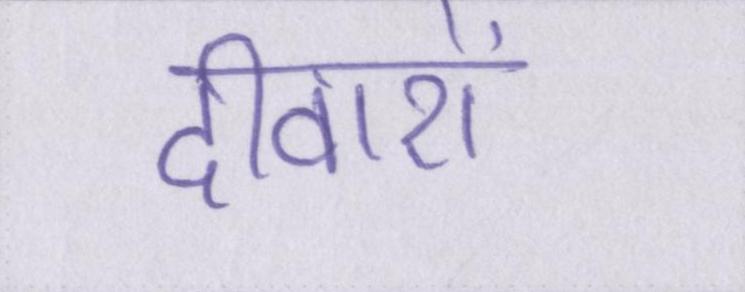
दीवारों